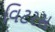
વિટરસ